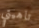
تاهيتي